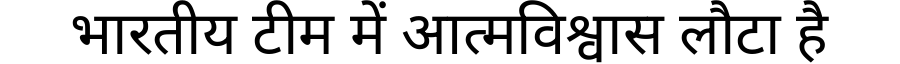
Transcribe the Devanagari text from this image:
भारतीय टीम में आत्मविश्वास लौटा है